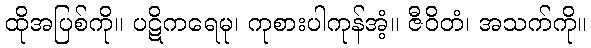
ထိုအပြစ်ကို။ ပဋိကရေမု၊ ကုစားပါကုန်အံ့။ ဇီဝိတံ၊ အသက်ကို။